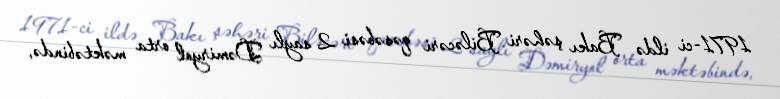
1971-ci ildə Bakı şəhəri Biləcəri qəsəbəsi 2 saylı Dəmiryol orta məktəbində,